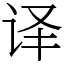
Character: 译